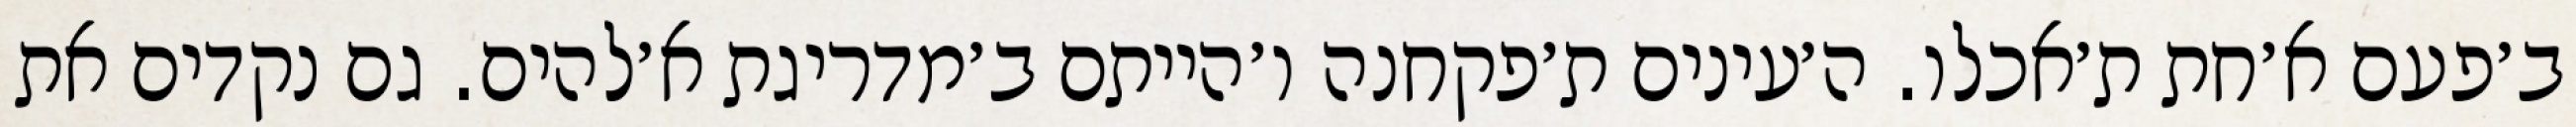
ב׳פעם א׳חת ת׳אכלו. ה׳עינים ת׳פקחנה ו׳הייתם ב׳מדריגת א׳להים. גם נקדים את